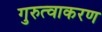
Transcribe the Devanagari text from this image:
गुरुत्वाकरण